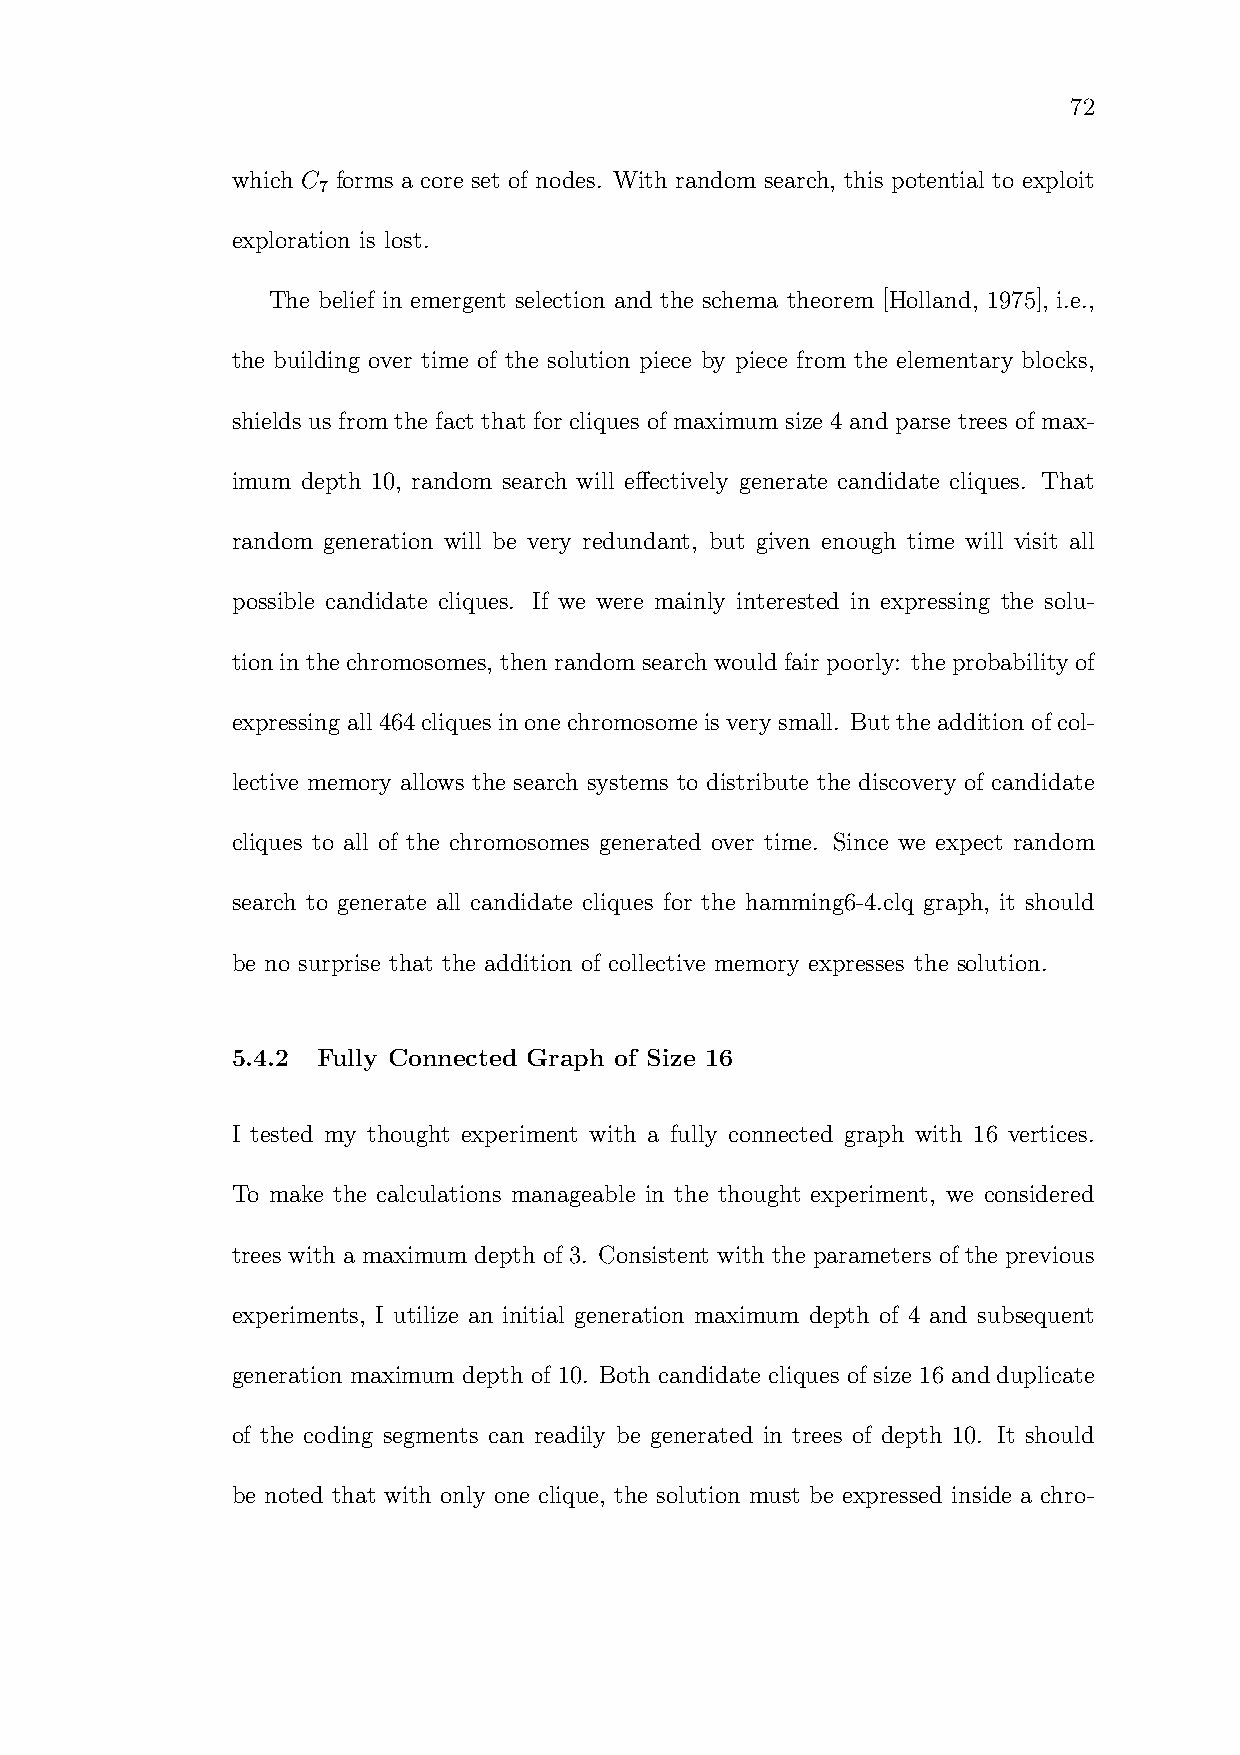
72
 which C forms a core set of nodes. With random search, this potential to exploit
 7
 exploration is lost.
 The belief in emergent selection and the schema theorem [Holland, 1975], i.e.,
 the building over time of the solution piece by piece from the elementary blocks,
 shields us from the fact that for cliques of maximum size 4 and parse trees of max-
 imum depth 10, random search will effectively generate candidate cliques. That
 random generation will be very redundant, but given enough time will visit all
 possible candidate cliques. If we were mainly interested in expressing the solu-
 tionin the chromosomes, then random search would fair poorly: the probability of
 expressing all464cliques inonechromosomeisvery small. Buttheadditionofcol-
 lective memory allows the search systems to distribute the discovery of candidate
 cliques to all of the chromosomes generated over time. Since we expect random
 search to generate all candidate cliques for the hamming6-4.clq graph, it should
 be no surprise that the addition of collective memory expresses the solution.
 5.4.2 Fully Connected Graph of Size 16
 I tested my thought experiment with a fully connected graph with 16 vertices.
 To make the calculations manageable in the thought experiment, we considered
 trees with a maximum depth of 3. Consistent with the parameters of the previous
 experiments, I utilize an initial generation maximum depth of 4 and subsequent
 generation maximum depth of 10. Both candidate cliques of size 16 and duplicate
 of the coding segments can readily be generated in trees of depth 10. It should
 be noted that with only one clique, the solution must be expressed inside a chro-